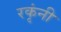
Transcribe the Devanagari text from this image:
रकृंनी